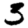
Digit: 3